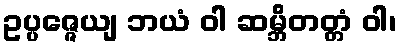
ဥပ္ပဇ္ဇေယျ ဘယံ ဝါ ဆမ္ဘိတတ္တံ ဝါ၊